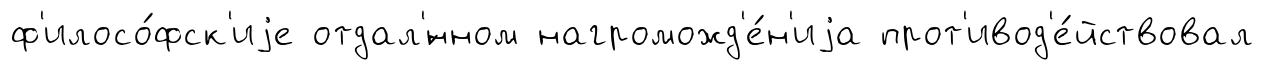
ф'илосо́фск'иjе отдал'́нном нагроможд'е́н'иjа прот'ивод'е́йствовал